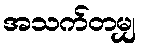
အသက်တမျှ